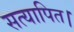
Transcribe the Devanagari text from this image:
सत्यापित।